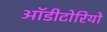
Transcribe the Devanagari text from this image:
ऑडीटोरियो